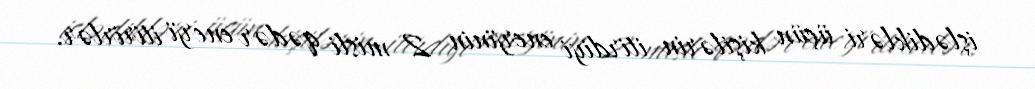
işlədikləri üçün kişilərin itirdiyi enerjinin 2 misli qədər enerji itirirlər.